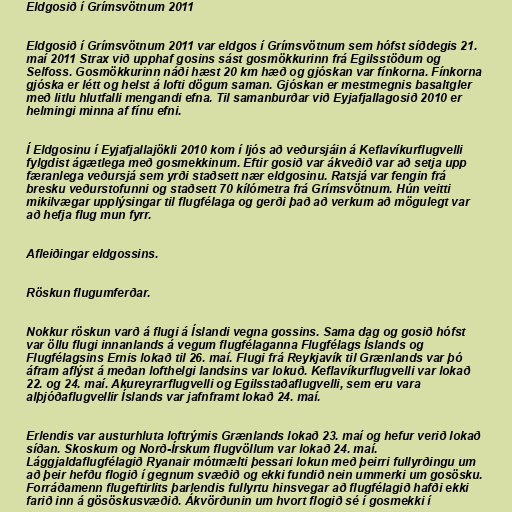
Eldgosið í Grímsvötnum 2011

Eldgosið í Grímsvötnum 2011 var eldgos í Grímsvötnum sem hófst síðdegis 21.
maí 2011 Strax við upphaf gosins sást gosmökkurinn frá Egilsstöðum og
Selfoss. Gosmökkurinn náði hæst 20 km hæð og gjóskan var fínkorna. Fínkorna
gjóska er létt og helst á lofti dögum saman. Gjóskan er mestmegnis basaltgler
með litlu hlutfalli mengandi efna. Til samanburðar við Eyjafjallagosið 2010 er
helmingi minna af fínu efni.

Í Eldgosinu í Eyjafjallajökli 2010 kom í ljós að veðursjáin á Keflavíkurflugvelli
fylgdist ágætlega með gosmekkinum. Eftir gosið var ákveðið var að setja upp
færanlega veðursjá sem yrði staðsett nær eldgosinu. Ratsjá var fengin frá
bresku veðurstofunni og staðsett 70 kílómetra frá Grímsvötnum. Hún veitti
mikilvægar upplýsingar til flugfélaga og gerði það að verkum að mögulegt var
að hefja flug mun fyrr.

Afleiðingar eldgossins.

Röskun flugumferðar.

Nokkur röskun varð á flugi á Íslandi vegna gossins. Sama dag og gosið hófst
var öllu flugi innanlands á vegum flugfélaganna Flugfélags Íslands og
Flugfélagsins Ernis lokað til 26. maí. Flugi frá Reykjavík til Grænlands var þó
áfram aflýst á meðan lofthelgi landsins var lokuð. Keflavíkurflugvelli var lokað
22. og 24. maí. Akureyrarflugvelli og Egilsstaðaflugvelli, sem eru vara
alþjóðaflugvellir Íslands var jafnframt lokað 24. maí.

Erlendis var austurhluta loftrýmis Grænlands lokað 23. maí og hefur verið lokað
síðan. Skoskum og Norð-Írskum flugvöllum var lokað 24. maí.
Lággjaldaflugfélagið Ryanair mótmælti þessari lokun með þeirri fullyrðingu um
að þeir hefðu flogið í gegnum svæðið og ekki fundið nein ummerki um gosösku.
Forráðamenn flugeftirlits þarlendis fullyrtu hinsvegar að flugfélagið hafði ekki
farið inn á gösöskusvæðið. Ákvörðunin um hvort flogið sé í gosmekki í